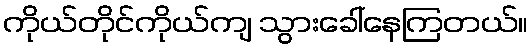
ကိုယ်တိုင်ကိုယ်ကျ သွားခေါ်နေကြတယ်။